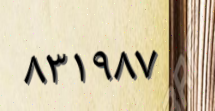
٨٣١٩٨٧